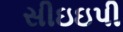
સીઇઇપી